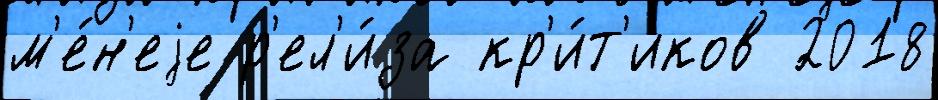
м'е́н'еjе р'ел'и́за кр'и́т'иков 2018